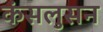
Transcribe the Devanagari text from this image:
कंसलुसन